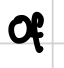
Text: of
Cross-out: zig-zag
Writing tool: digital_black